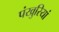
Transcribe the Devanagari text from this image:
पंखुरियां